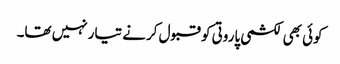
کوئی بھی لکشمی پاروتی کو قبول کرنے تیار نہیں تھا۔